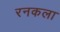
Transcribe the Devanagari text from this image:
रनकला